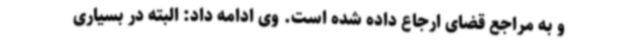
و به مراجع قضای ارجاع داده شده است. وی ادامه داد: البته در بسیاری